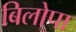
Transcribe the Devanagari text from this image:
बिलोपा